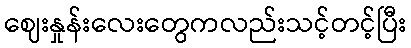
ဈေးနှုန်းလေးတွေကလည်းသင့်တင့်ပြီး